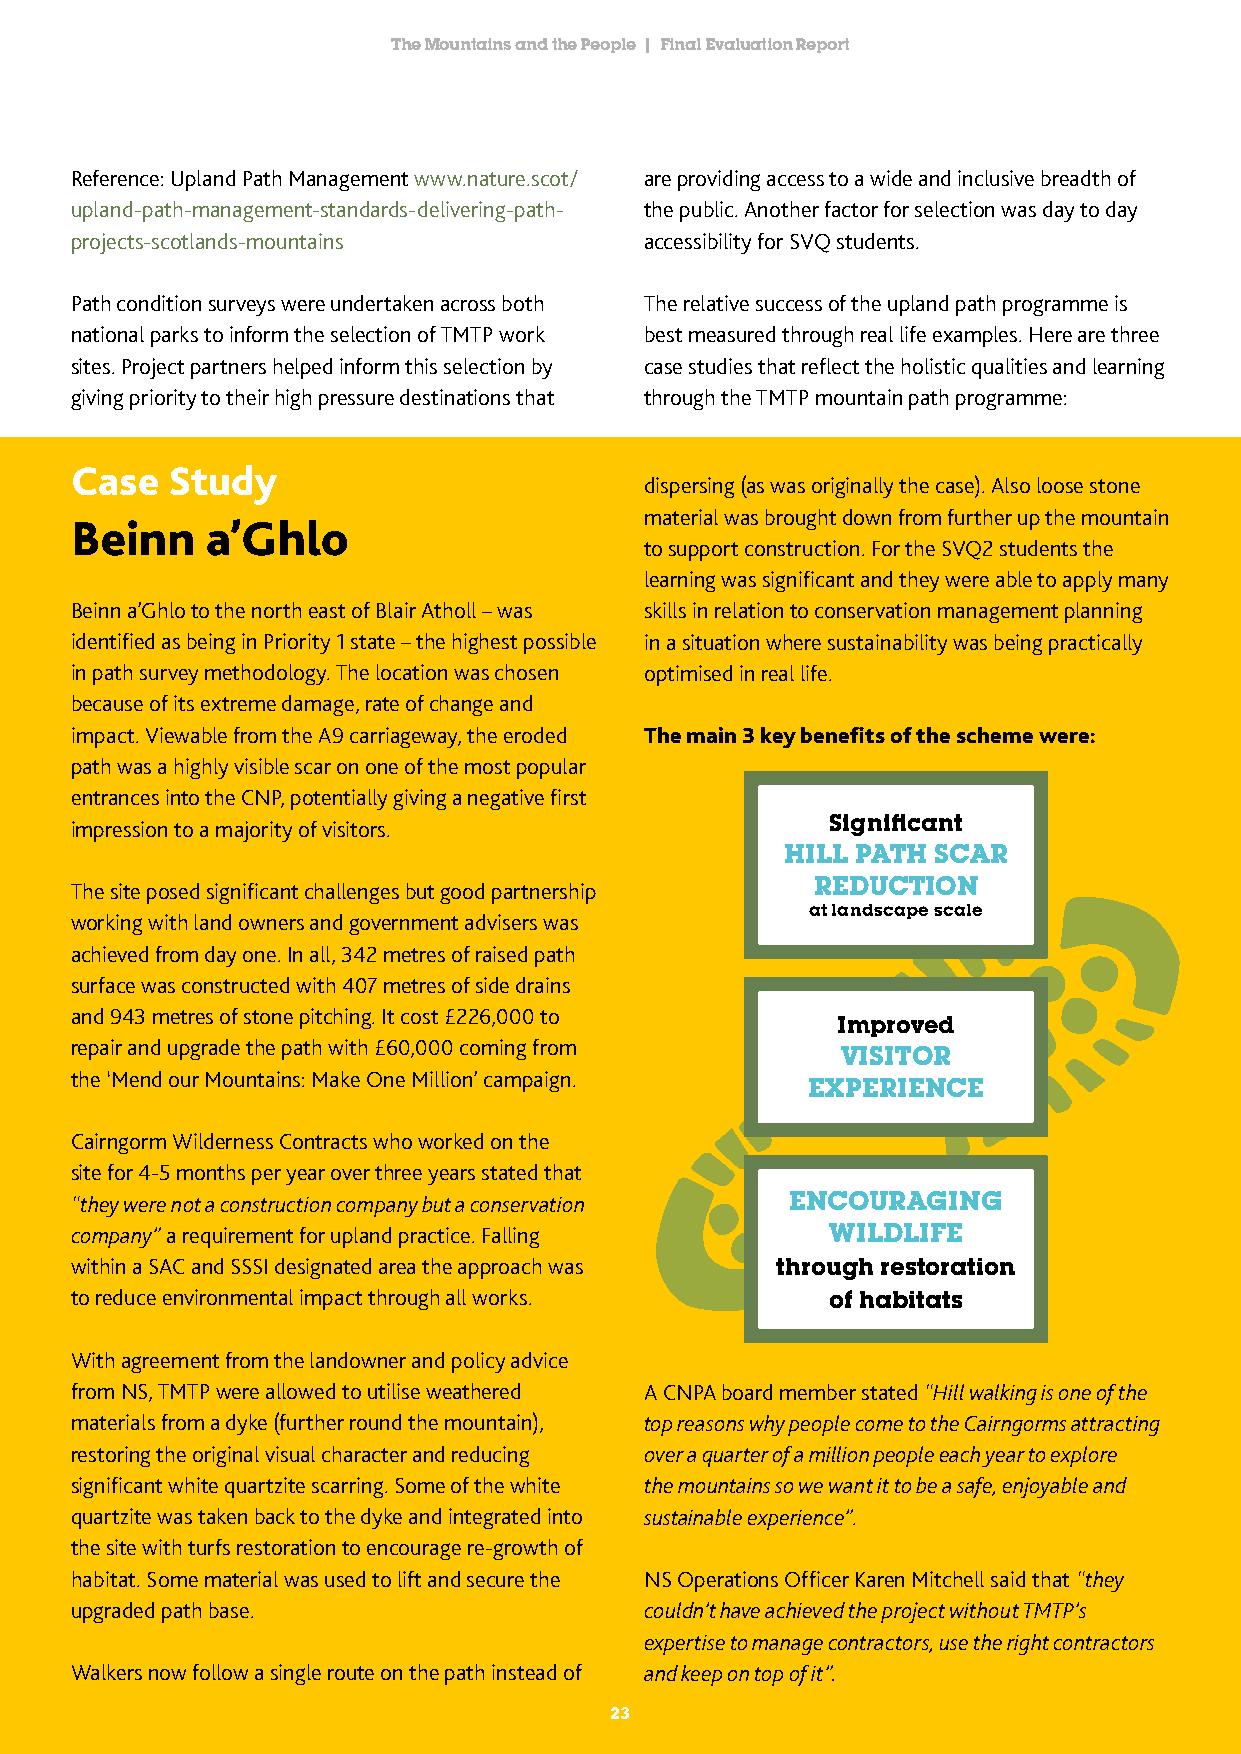
The Mountains and the People | Final Evaluation Report
 Reference: Upland Path Management www.nature.scot/ are providing access to a wide and inclusive breadth of
 upland-path-management-standards-delivering-path- the public. Another factor for selection was day to day
 projects-scotlands-mountains          accessibility for SVQ students.
 Path condition surveys were undertaken across both The relative success of the upland path programme is
 national parks to inform the selection of TMTP work best measured through real life examples. Here are three
 sites. Project partners helped inform this selection by case studies that reflect the holistic qualities and learning
 giving priority to their high pressure destinations that through the TMTP mountain path programme:
 Case  Study
 dispersing (as was originally the case). Also loose stone
 material was brought down from further up the mountain
 Beinn    a’Ghlo
 to support construction. For the SVQ2 students the
 learning was significant and they were able to apply many
 Beinn a’Ghlo to the north east of Blair Atholl – was skills in relation to conservation management planning
 identified as being in Priority 1 state – the highest possible in a situation where sustainability was being practically
 in path survey methodology. The location was chosen optimised in real life.
 because of its extreme damage, rate of change and
 impact. Viewable from the A9 carriageway, the eroded The main 3 key benefits of the scheme were:
 path was a highly visible scar on one of the most popular
 entrances into the CNP, potentially giving a negative first
 impression to a majority of visitors.             Significant
 HILL PATH SCAR
 The site posed significant challenges but good partnership REDUCTION
 at landscape scale
 working with land owners and government advisers was
 achieved from day one. In all, 342 metres of raised path
 surface was constructed with 407 metres of side drains
 and 943 metres of stone pitching. It cost £226,000 to
 Improved
 repair and upgrade the path with £60,000 coming from
 VISITOR
 the ‘Mend our Mountains: Make One Million’ campaign.
 EXPERIENCE
 Cairngorm Wilderness Contracts who worked on the
 site for 4-5 months per year over three years stated that
 “they were not a construction company but a conservation ENCOURAGING
 company” a requirement for upland practice. Falling WILDLIFE
 within a SAC and SSSI designated area the approach was through restoration
 to reduce environmental impact through all works. of habitats
 With agreement from the landowner and policy advice
 from NS, TMTP were allowed to utilise weathered A CNPA board member stated “Hill walking is one of the
 materials from a dyke (further round the mountain), top reasons why people come to the Cairngorms attracting
 restoring the original visual character and reducing over a quarter of a million people each year to explore
 significant white quartzite scarring. Some of the white the mountains so we want it to be a safe, enjoyable and
 quartzite was taken back to the dyke and integrated into sustainable experience”.
 the site with turfs restoration to encourage re-growth of
 habitat. Some material was used to lift and secure the NS Operations Officer Karen Mitchell said that “they
 upgraded path base.                   couldn’t have achieved the project without TMTP’s
 expertise to manage contractors, use the right contractors
 Walkers now follow a single route on the path instead of and keep on top of it”.
 2233